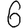
Digit: 6